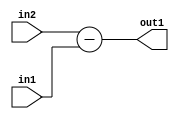
`timescale 1ps / 1ps
/*****************************************************************************
    Verilog RTL Description
    
    
    Created by: Stratus DpOpt 2019.1.01 
*******************************************************************************/

module pw_feature_addr_gen_Sub_16Ux8U_17S_4 (
	in2,
	in1,
	out1
	); /* architecture "behavioural" */ 
input [15:0] in2;
input [7:0] in1;
output [16:0] out1;
wire [16:0] asc001;

assign asc001 = 
	+(in2)
	-(in1);

assign out1 = asc001;
endmodule

/* CADENCE  ubLzSwA= : u9/ySgnWtBlWxVPRXgAZ4Og= ** DO NOT EDIT THIS LINE ******/